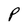
Character: P